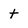
Character: t